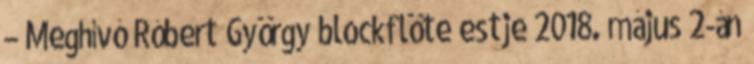
– Meghívó Róbert György blockflöte estje 2018. május 2-án